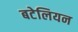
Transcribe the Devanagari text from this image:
बटेलियन